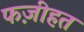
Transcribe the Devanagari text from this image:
फज़ीहत